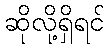
ဆိုလို့ရှိရင်